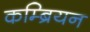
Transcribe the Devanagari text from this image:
कम्ब्रियन